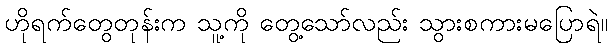
ဟိုရက်တွေတုန်းက သူ့ကို တွေ့သော်လည်း သွားစကားမပြောရဲ။